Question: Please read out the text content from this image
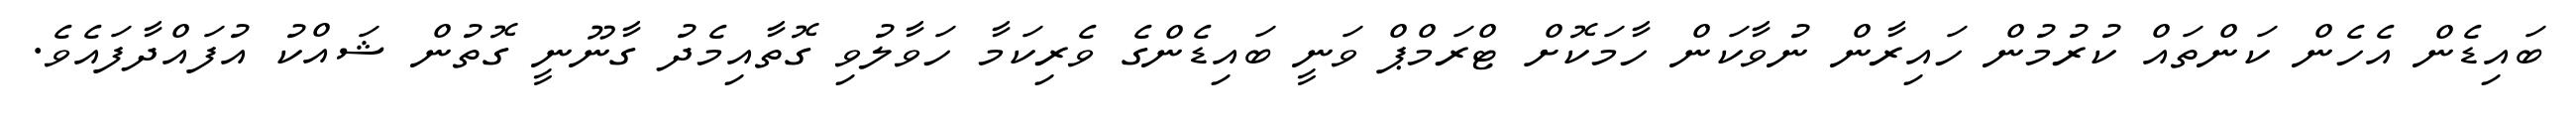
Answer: ބައިޑެން އެހެން ކަންތައް ކުރުމުން ހައިރާން ނުވާކަން ހާމަކޮށް ޓްރަމްޕް ވަނީ ބައިޑެންގެ ވެރިކަމާ ހަވާލުވި ގޮތާއިމެދު ގާނޫނީ ގޮތުން ޝައްކު އުފައްދާފައެވެ.